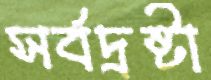
সর্বদ্রষ্টা